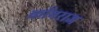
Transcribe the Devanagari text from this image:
कॉनराज